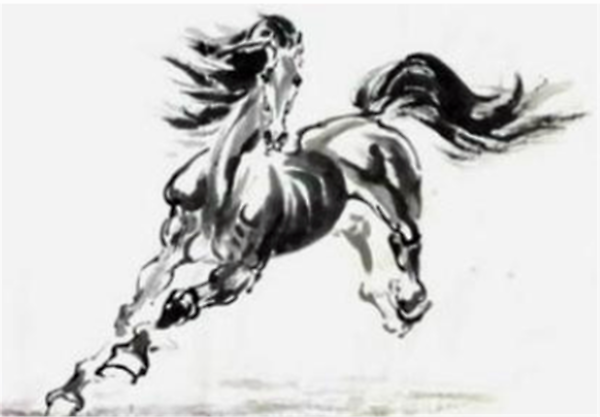
一寸柔肠情几许？薄衾孤枕，梦回人静，彻晓潇潇雨。